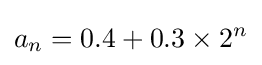
a_{n}=0.4+0.3\times 2^{n}